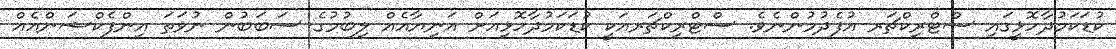
ކުޑަކަމުދާހޮޅީގައި ސްޓްރިކްޗަރ އުފެދުމުންނެވެ. ސްޓްރިކްޗަރއަކީ ކުޑަކަމުދާހޮޅިއަށް އަނިޔާއެއް ލިބުމުގެ ސަބަބުން ނުވަތަ އިންފެކްޝަންއެއް